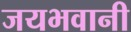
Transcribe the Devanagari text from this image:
जयभवानी